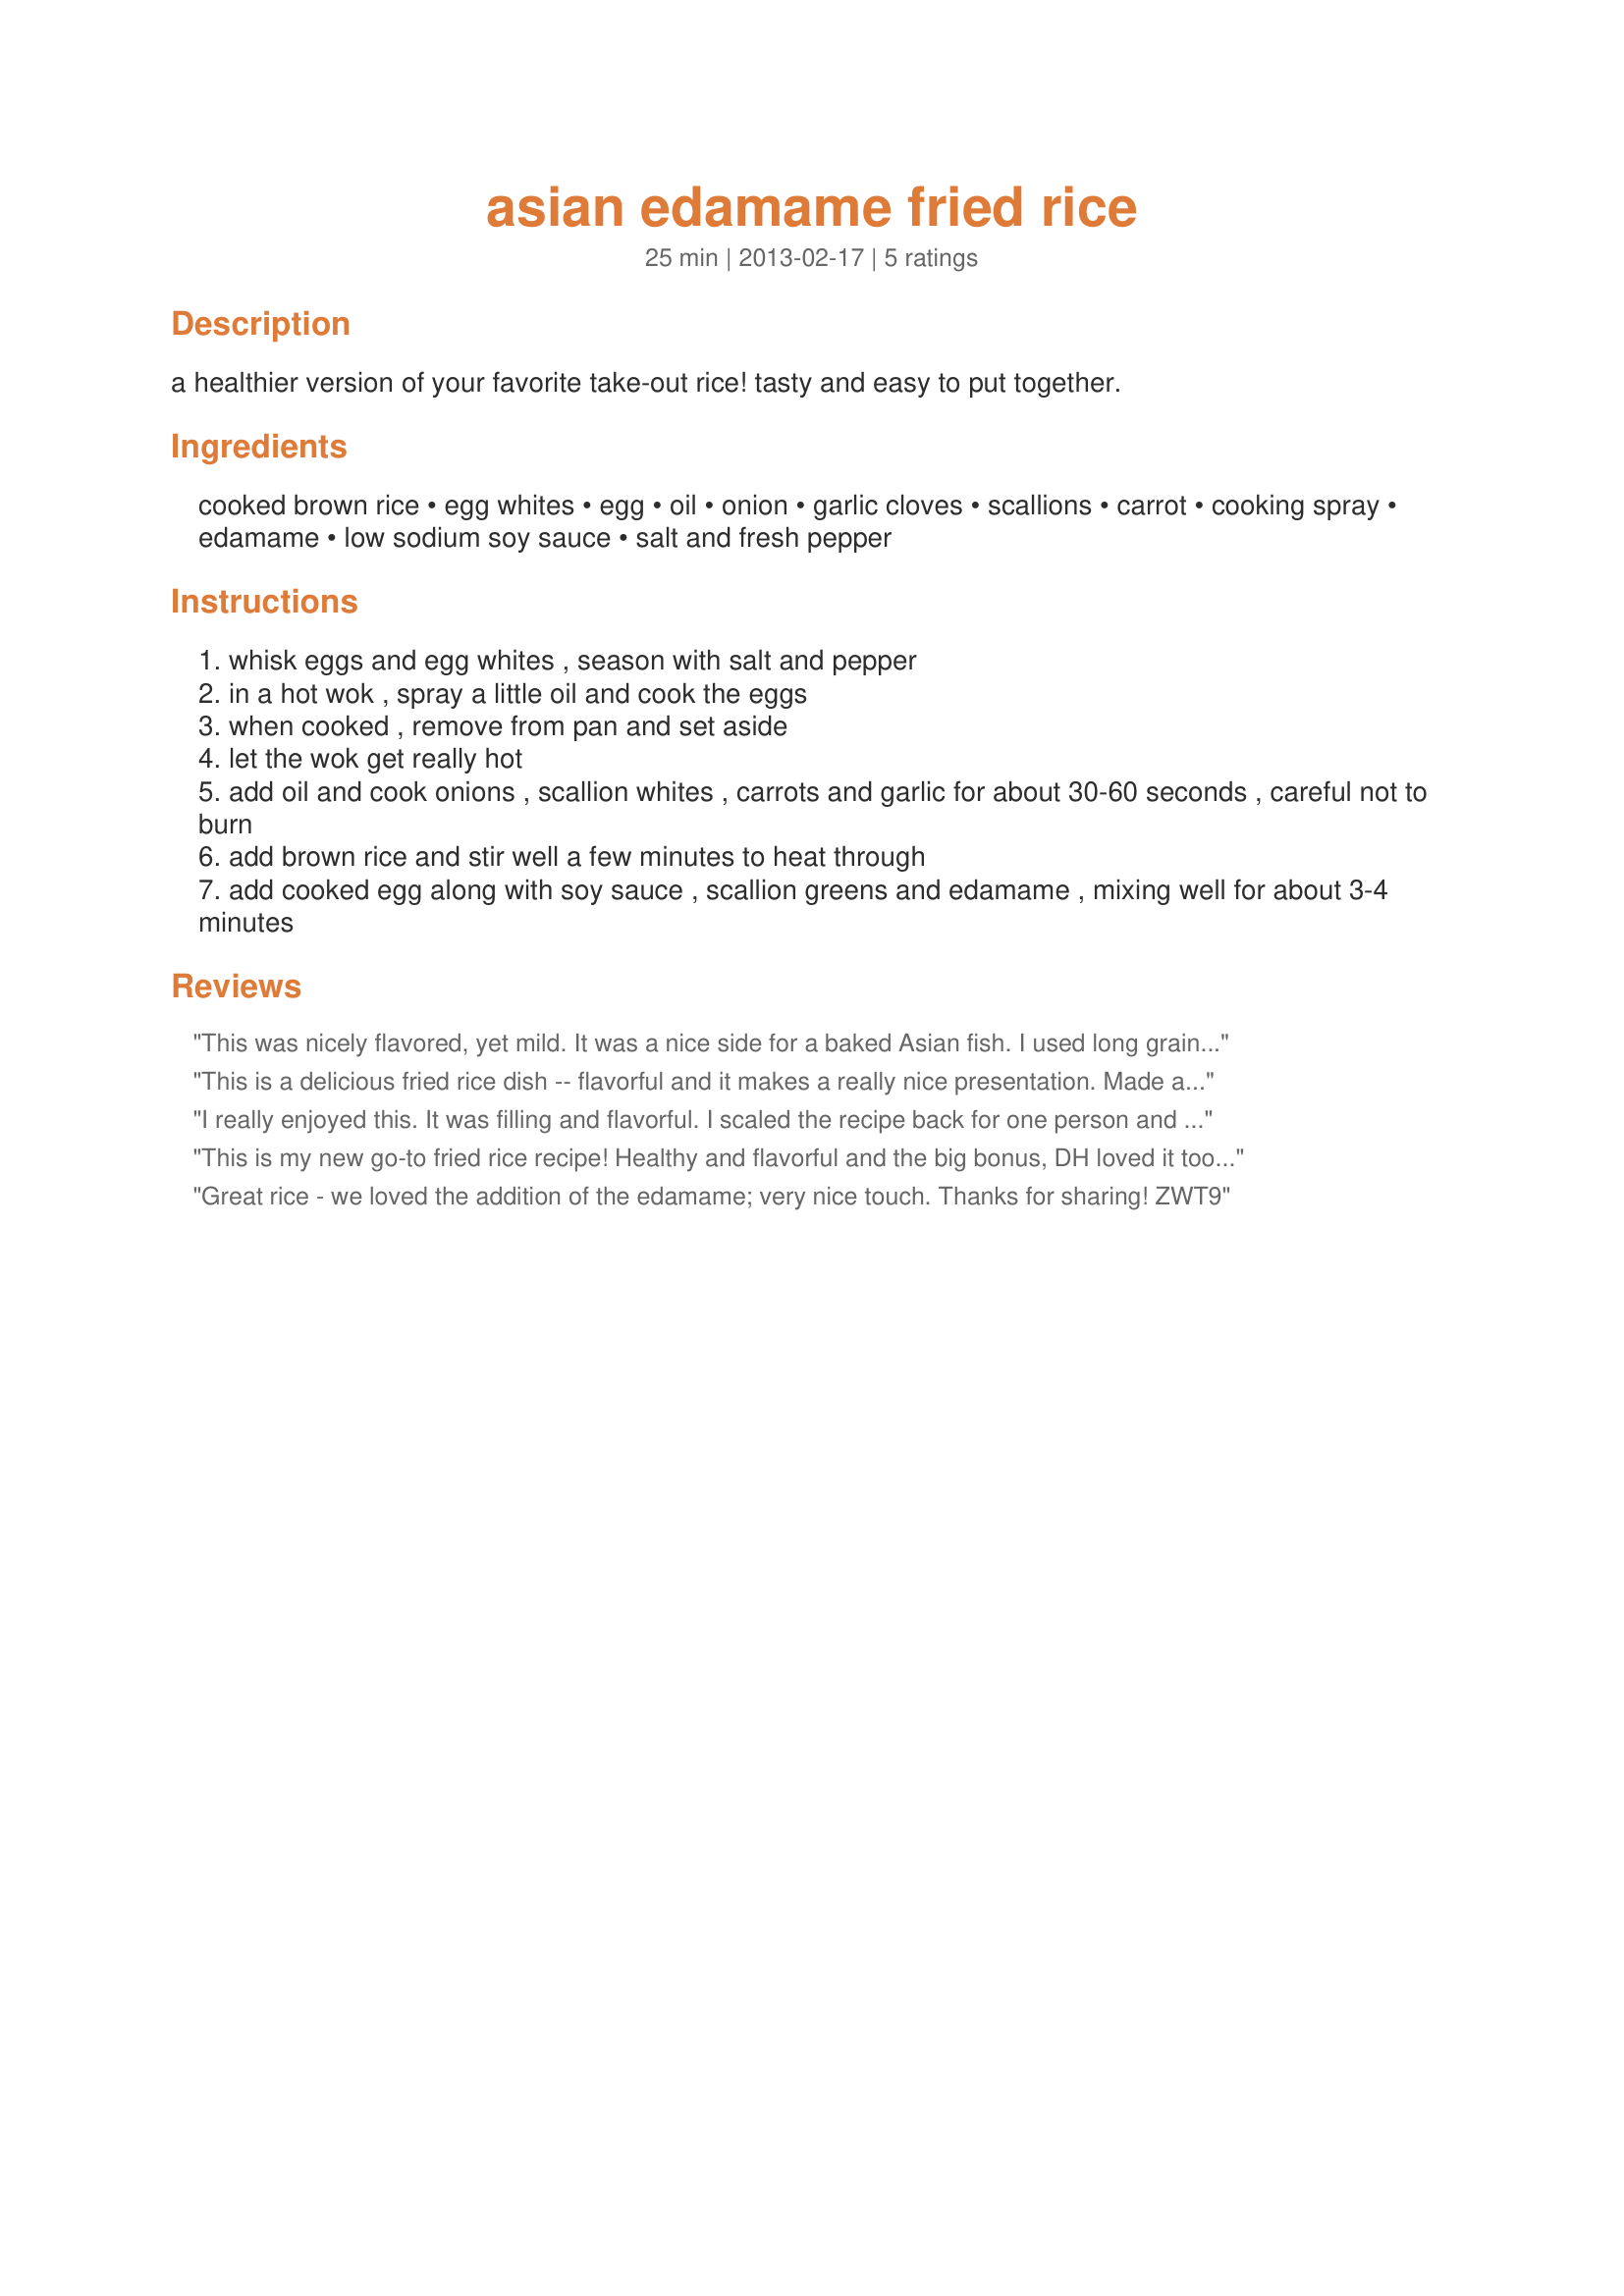
asian edamame fried rice
Preparation time: 25 minutes

a healthier version of your favorite take-out rice! tasty and easy to put together.

Ingredients:
cooked brown rice, egg whites, egg, oil, onion, garlic cloves, scallions, carrot, cooking spray, edamame, low sodium soy sauce, salt and fresh pepper

Steps:
whisk eggs and egg whites , season with salt and pepper
in a hot wok , spray a little oil and cook the eggs
when cooked , remove from pan and set aside
let the wok get really hot
add oil and cook onions , scallion whites , carrots and garlic for about 30-60 seconds , careful not to burn
add brown rice and stir well a few minutes to heat through
add cooked egg along with soy sauce , scallion greens and edamame , mixing well for about 3-4 minutes

Reviews:
This was nicely flavored, yet mild. It was a nice side for a baked Asian fish. I used long grain rice and substituted peas for the edamame. Thank you for sharing the recipe!
This is a delicious fried rice dish -- flavorful and it makes a really nice presentation. Made as directed using organic edamame and one small addition -- I served a little sesame oil on top. Served this with Asian lettuce wraps and what a wonderful meal it made. Made for ZWT9.
I really enjoyed this. It was filling and flavorful. I scaled the recipe back for one person and wished I&#039;d made more. Thanks! Made for ZWT 2013 by one of the Hot Stuff.
This is my new go-to fried rice recipe! Healthy and flavorful and the big bonus, DH loved it too (edamame and all)! There is nothing I would change about it! Going into my Best OF cookbook!! Made for Spring Photo Tag.
Great rice - we loved the addition of the edamame; very nice touch. Thanks for sharing! ZWT9
